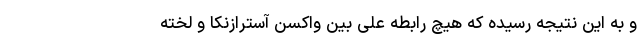
و به این نتیجه رسیده که هیچ رابطه علّی بین واكسن آسترازنکا و لخته